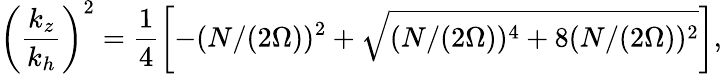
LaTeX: \left(\frac{k_{z}}{k_{h}}\right)^{2}=\frac{1}{4}\left[-(N/(2\Omega))^{2}+\sqrt{(N/(2\Omega))^{4}+8(N/(2\Omega))^{2}}\right],